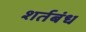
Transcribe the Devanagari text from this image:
शर्तबंध